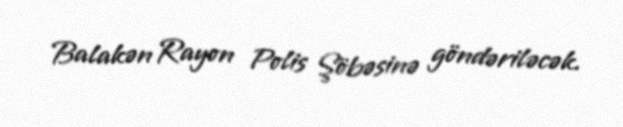
Balakən Rayon Polis Şöbəsinə göndəriləcək.